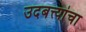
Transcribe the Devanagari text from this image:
उदबत्त्यांचा